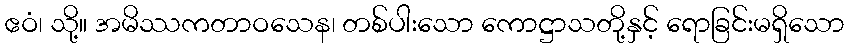
ဧဝံ၊ သို့။ အမိဿကတာဝသေန၊ တစ်ပါးသော ကောဋ္ဌာသတို့နှင့် ရောခြင်းမရှိသော